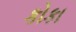
કોકા